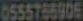
0555766905